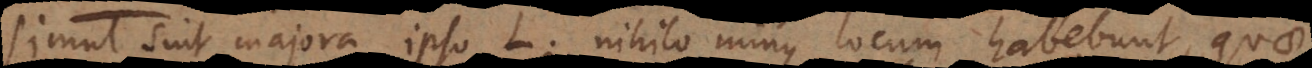
simul sint majora ipso L; nihilo minus locum habebunt, quae